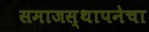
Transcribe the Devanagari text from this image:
समाजस्थापनेचा